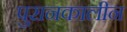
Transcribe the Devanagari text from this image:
पुरानकालीन